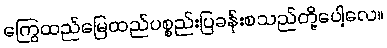
ကြွေထည်မြေထည်ပစ္စည်းပြခန်းစသည်တို့ပေါ့လေ။